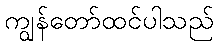
ကျွန်တော်ထင်ပါသည်